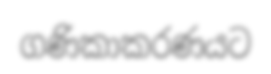
ගණිකාකරණයට